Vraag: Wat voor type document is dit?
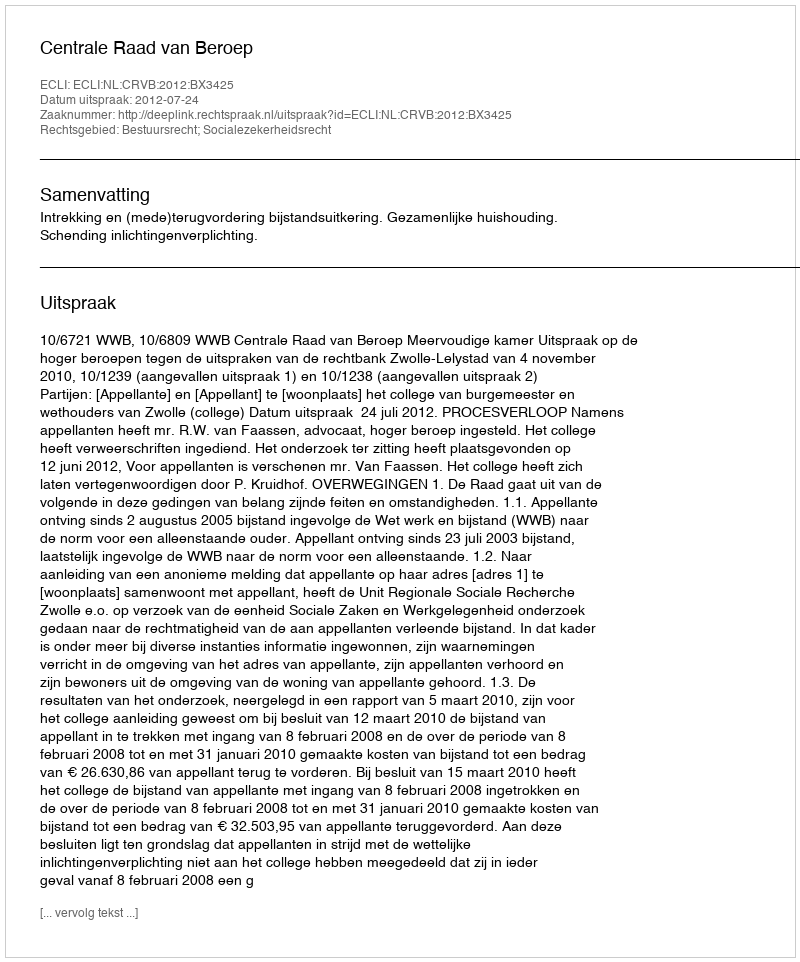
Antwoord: Uitspraak